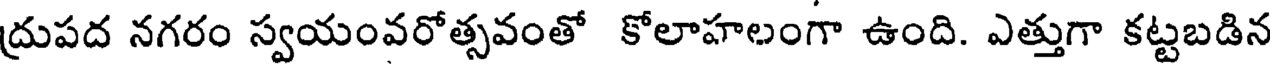
ద్రుపద నగరం స్వయంవరోత్సవంతో కోలాహలంగా ఉంది. ఎత్తుగా కట్టబడిన